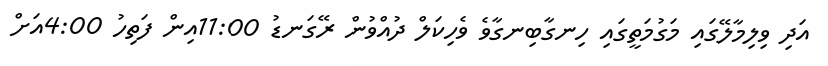
އަދި ވިލިމާލޭގައި މަގުމަތީގައި ހިނގާބިނގާވެ ވެހިކަލް ދުއްވުން ރޭގަނޑު 11:00އިން ފަތިހު 4:00އަށް